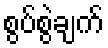
စွပ်စွဲချက်